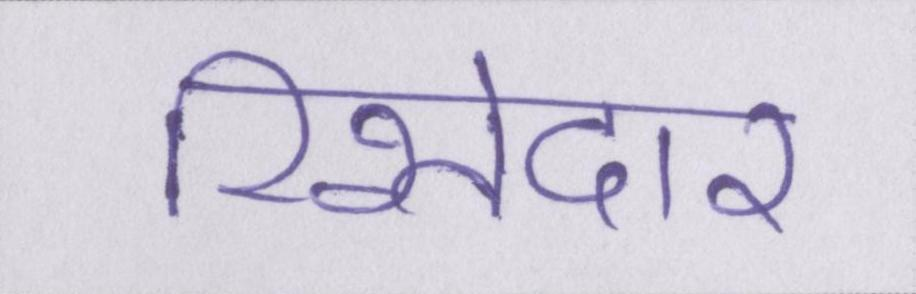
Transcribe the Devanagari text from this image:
रिश्तेदार